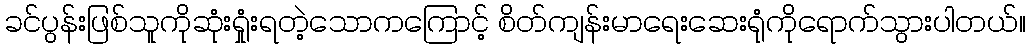
ခင်ပွန်းဖြစ်သူကိုဆုံးရှုံးရတဲ့သောကကြောင့် စိတ်ကျန်းမာရေးဆေးရုံကိုရောက်သွားပါတယ်။